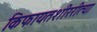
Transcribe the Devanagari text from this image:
किफायतशीररीत्या